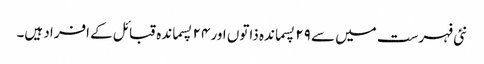
نئی فہرست میں سے ۲۹ پسماندہ ذاتوں اور ۲۴ پسماندہ قبائل کے افراد ہیں۔